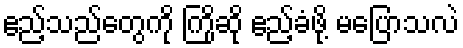
ဧည့်သည်တွေကို ကြိုဆို ဧည့်ခံဖို့ မပြောသလဲ